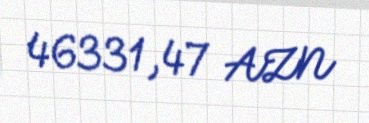
46331,47 AZN